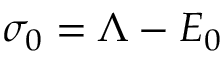
\sigma _ { 0 } = \Lambda - E _ { 0 }